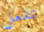
تفعل